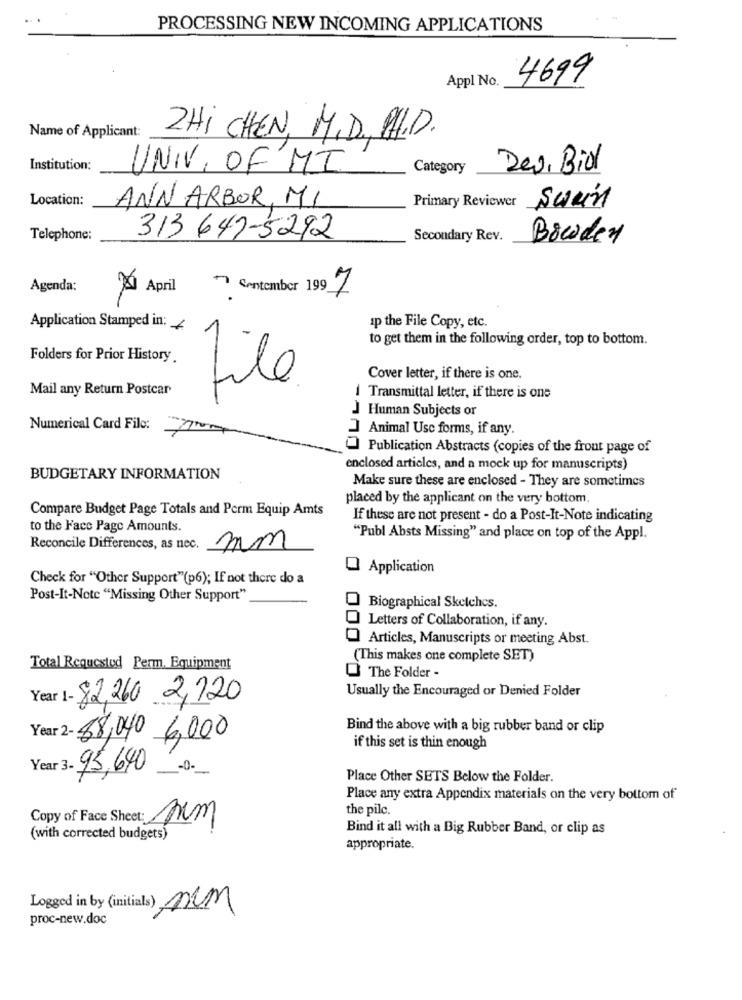
PROCESSING NEW INCOMING APPLICATIONS
Appl No
4699
Name of Applicant:
ZHi CHEN, M.D. A.D.
Institution:
UNIV. OF MI
Category
Deu, Bio
Location:
ANN ARBOR, MI
Primary Reviewer
Telephone:
313 647-5292
Secondary Rev.
Bowden
Agenda:
April
7 Centember 199 7
.
Application Stamped in: /
ip the File Copy, etc.
to get them in the following order, top to bottom.
Folders for Prior History
Cover letter, if there is one.
Mail any Return Postcar
file
I Transmittal letter, if there is one
Human Subjects or
Numerical Card File:
Animal Usc forms, if any.
Publication Abstracts (copies of the front page of
enclosed articles, and a mock up for manuscripts)
BUDGETARY INFORMATION
Make sure these are enclosed - They are sometimes
placed by the applicant on the very bottom.
Compare Budget Page Totals and Perm Equip Amts
If these are not present - do a Post-It-Note indicating
to the Face Page Amounts.
"Publ Absts Missing" and place on top of the Appl.
Reconcile Differences, as nec.
mm
Application
Check for "Other Support"(p6); If not there do a
Post-It-Note "Missing Other Support"
Biographical Sketches.
Letters of Collaboration, if any.
Articles, Manuscripts or meeting Abst.
(This makes one complete SET)
Total Requested Perm, Equipment
O The Folder -
Usually the Encouraged or Denied Folder
Year 1- 82,260 2,120
Bind the above with a big rubber band or clip
88,040 6,000
if this set is thin enough
Year 3- 95,640
-0-
Place Other SETS Below the Folder.
Place any extra Appendix materials on the very bottom of
the pilc.
Copy of Face Sheet: pm
Bind it all with a Big Rubber Band, or clip as
(with corrected budgets)
appropriate.
Logged in by (initials) nem
proc-new.doc